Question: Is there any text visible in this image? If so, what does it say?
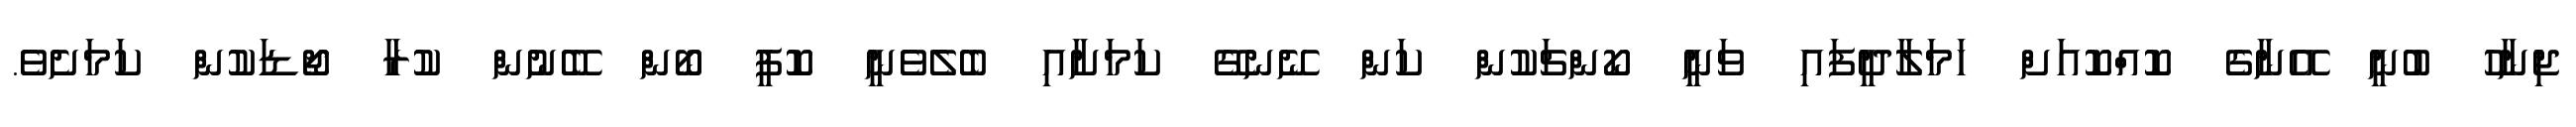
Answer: ޖިނާހު ބުނީ އޭނާގެ ކޮއްކޮއަށް ހަމަލާދީފައި ވަނީ ކޯންޗަކުން ކަން ނޭނގޭ ކަމަށާއި ބެލެވެނީ ކޮފީ ބޯން ބޭނުން ކުރާ ޖޯޑަކުން ކަމަށެވެ.